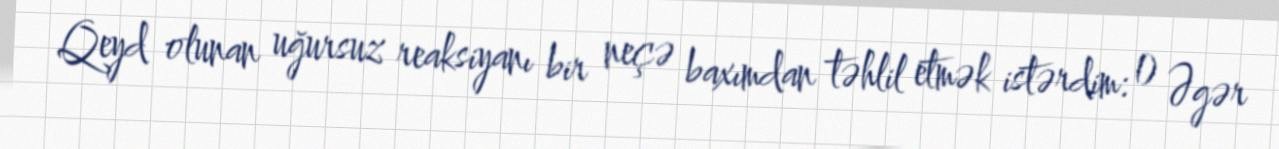
Qeyd olunan uğursuz reaksiyanı bir neçə baxımdan təhlil etmək istərdim: 1) Əgər